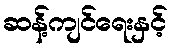
ဆန့်ကျင်ရေးနှင့်